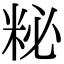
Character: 𥹅